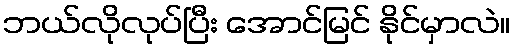
ဘယ်လိုလုပ်ပြီး အောင်မြင် နိုင်မှာလဲ။